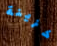
خزينة